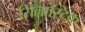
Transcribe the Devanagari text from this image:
सिलास्टिक